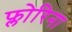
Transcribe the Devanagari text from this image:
फ्लोरिना